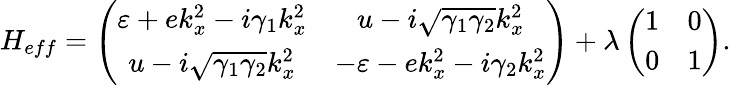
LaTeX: H_{eff}=\left(\begin{array}{cc}{\varepsilon+ek_{x}^{2}-i\gamma_{1}k_{x}^{2}}&{u-i\sqrt{\gamma_{1}\gamma_{2}}k_{x}^{2}}\\ {u-i\sqrt{\gamma_{1}\gamma_{2}}k_{x}^{2}}&{-\varepsilon-ek_{x}^{2}-i\gamma_{2}k_{x}^{2}}\end{array}\right)+\lambda\left(\begin{array}{cc}{1}&{0}\\ {0}&{1}\end{array}\right).